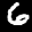
Label: 6